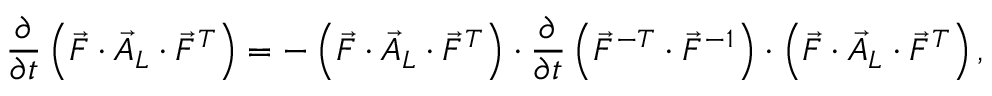
\frac { \partial } { \partial t } \left( \vec { F } \cdot \vec { A } _ { L } \cdot \vec { F } ^ { T } \right) = - \left( \vec { F } \cdot \vec { A } _ { L } \cdot \vec { F } ^ { T } \right) \cdot \frac { \partial } { \partial t } \left( \vec { F } ^ { - T } \cdot \vec { F } ^ { - 1 } \right) \cdot \left( \vec { F } \cdot \vec { A } _ { L } \cdot \vec { F } ^ { T } \right) ,